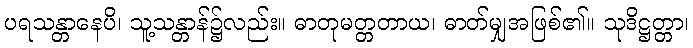
ပရသန္တာနေပိ၊ သူ့သန္တာန်၌လည်း။ ဓာတုမတ္တတာယ၊ ဓာတ်မျှအဖြစ်၏။ သုဒိဋ္ဌတ္တာ၊